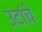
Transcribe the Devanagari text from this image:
उंटांचे